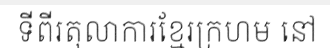
ទីពីរតុលាការខ្មែរក្រហម នៅ